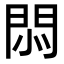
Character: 𢛩